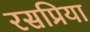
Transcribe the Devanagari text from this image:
रसप्रिया